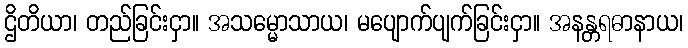
ဌိတိယာ၊ တည်ခြင်းငှာ။ အသမ္မောသာယ၊ မပျောက်ပျက်ခြင်းငှာ။ အနန္တရဓာနာယ၊